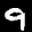
Label: 9